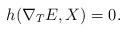
\begin{align*}h(\nabla_{T}E,X) = 0. \end{align*}